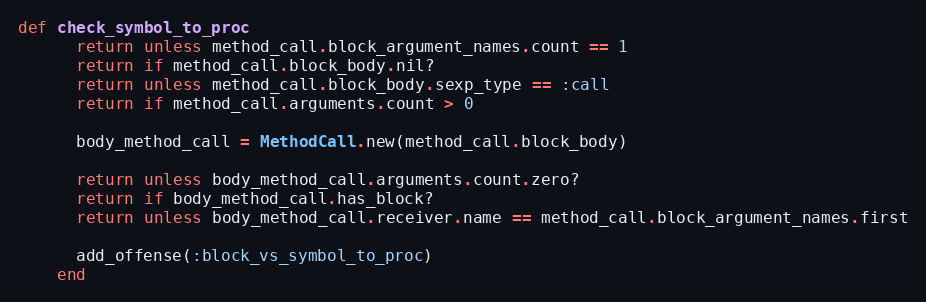
Language: Ruby
def check_symbol_to_proc
      return unless method_call.block_argument_names.count == 1
      return if method_call.block_body.nil?
      return unless method_call.block_body.sexp_type == :call
      return if method_call.arguments.count > 0

      body_method_call = MethodCall.new(method_call.block_body)

      return unless body_method_call.arguments.count.zero?
      return if body_method_call.has_block?
      return unless body_method_call.receiver.name == method_call.block_argument_names.first

      add_offense(:block_vs_symbol_to_proc)
    end